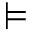
\vDash